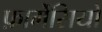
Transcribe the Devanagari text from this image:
फ़ार्मेसियों